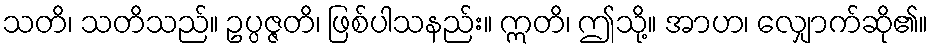
သတိ၊ သတိသည်။ ဥပ္ပဇ္ဇတိ၊ ဖြစ်ပါသနည်း။ ဣတိ၊ ဤသို့။ အာဟ၊ လျှောက်ဆို၏။